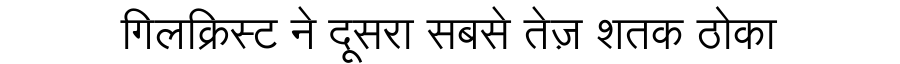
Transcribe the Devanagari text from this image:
गिलक्रिस्ट ने दूसरा सबसे तेज़ शतक ठोका